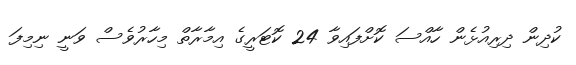
ކުދިން ދިރިއުޅެން ހާއްސަ ކޮށްފައިވާ 24 ކޮޓަރީގެ އިމާރާތް މިހާރުވެސް ވަނީ ނިމިފަ